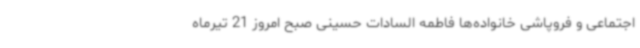
اجتماعی و فروپاشی خانواده‌ها فاطمه السادات حسینی صبح امروز 21 تیرماه